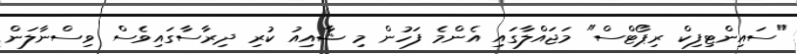
"ސައިންޓިފިކް ރިޕޯޓްސް" މަޖައްލާގައި އެންމެ ފަހުން މި ޝާއިއު ކުރި ދިރާސާގައިވެސް ވިސްނާލަން